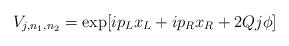
LaTeX: \begin{align*}V_{j,n_1,n_2}=\exp [ip_Lx_L+ip_Rx_R+2Qj\phi]\end{align*}